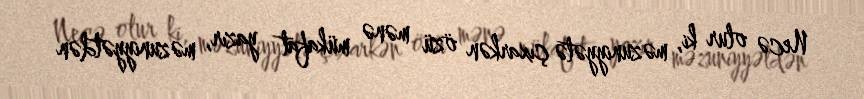
Necə olur ki, məzuniyyətə çıxarkən özü mənə mükafat yazır, məzuniyyətdən